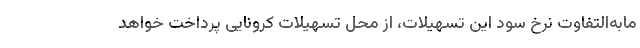
مابه‌التفاوت نرخ سود این تسهیلات، از محل تسهیلات کرونایی پرداخت خواهد